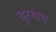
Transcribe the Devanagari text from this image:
बुरगास